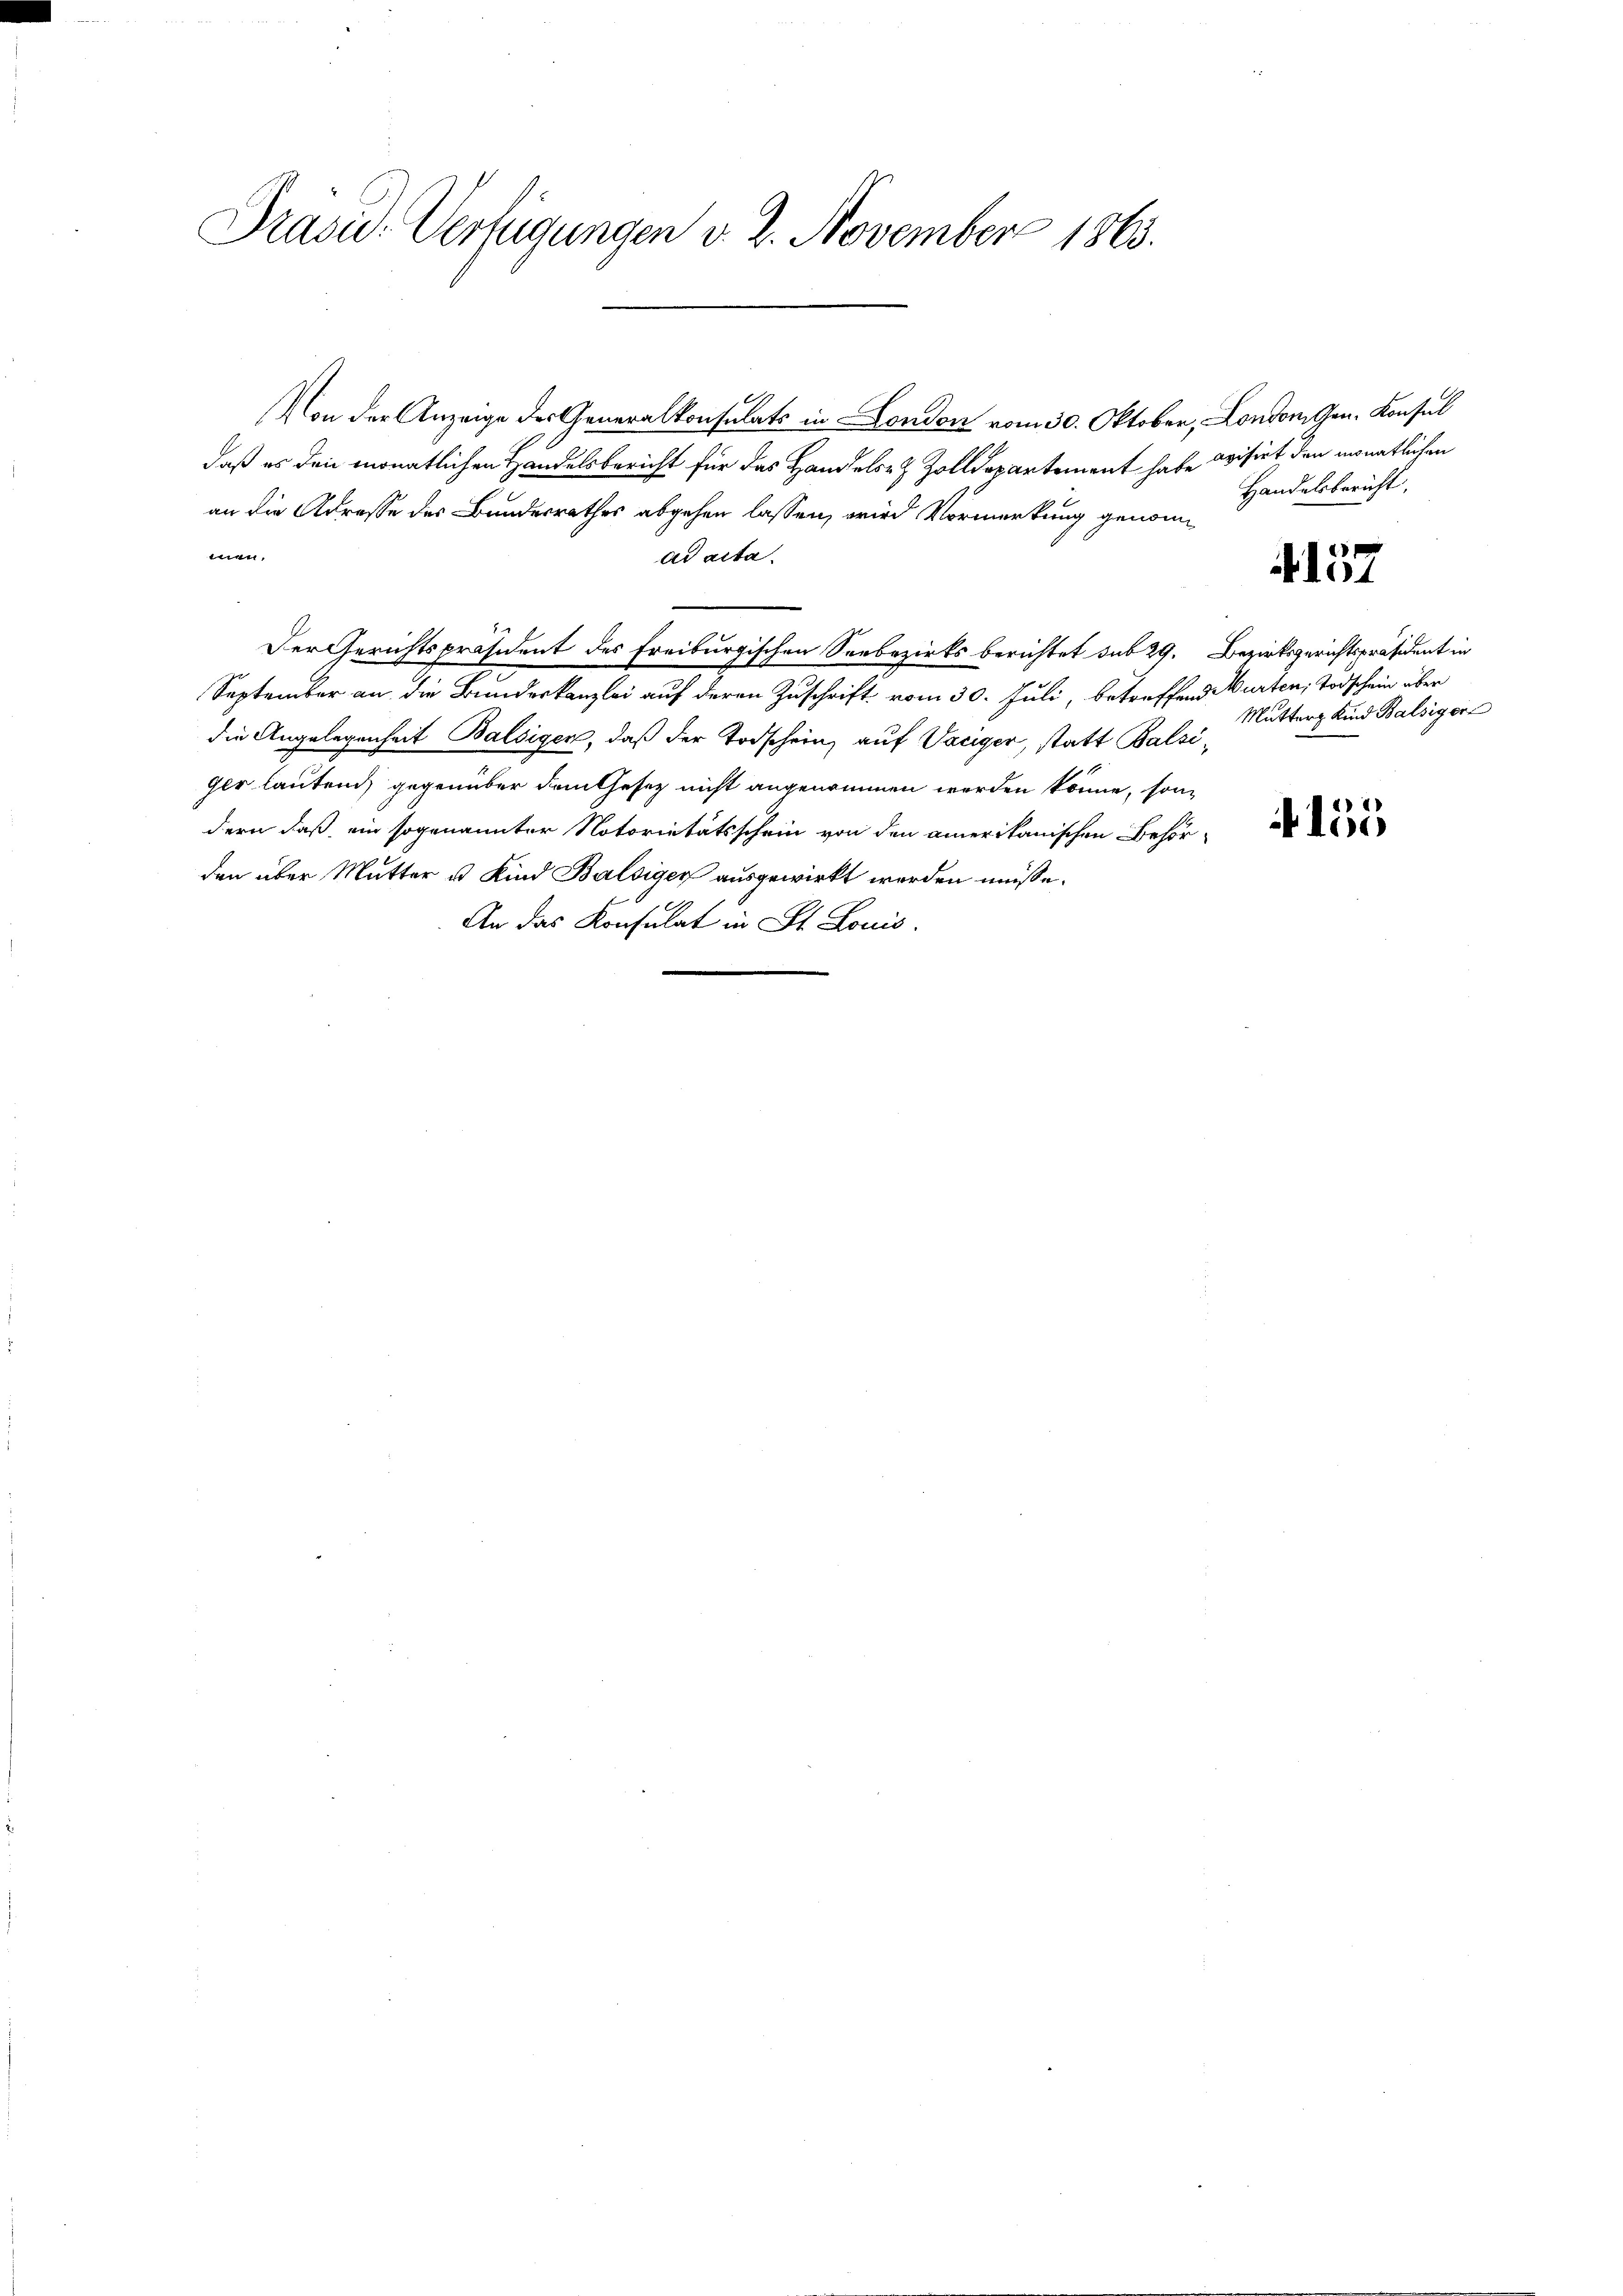
Präsid. Verfügungen v. 2. November 1863.

9
Von der Anzeige des Generalkonsulats in London vom 30. Oktober, London Gen. Konsul
daß es den monatlichen Handelsbericht für das Handels- & Zolldepartement habe visirt den monatlichen
an die Adresse des Bundesrathes abgehen lassen, wird Vormerkung genommen.
ad acta.

Der Gerichtspräsident des Freiburgischen Seebezirks berichtet sub 29. Bezirksgerichtspräsident in
September an die Bundeskanzlei auf deren Zuschrift vom 30. Juli, betreffend Würten, Todschein über
die Angelegenheit Balsigen, daß der Todschein, auf Vaciger, statt Balsi¬
Her lautend, gegenüber dem Gesetz nicht angenommen werden könne, son
dern daß ein sogenannter Notoriitätsschein von den amerikanischen Behör-
den über Mutter u. Kind Balsiger ausgewirkt werden müße.
An das Konsulat in St. Louis.

Handelsbericht,

157

Mutter Kind Balsiger

155